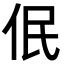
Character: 𪜳